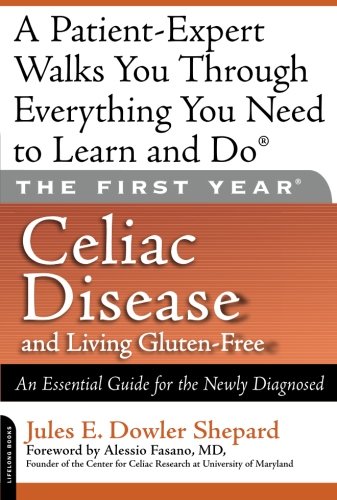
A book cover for The First Year: Celiac Disease and Living Gluten-Free: An Essential Guide for the Newly Diagnosed; Jules E. Dowler Shepard; Health, Fitness & Dieting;